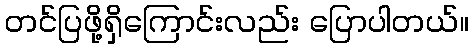
တင်ပြဖို့ရှိကြောင်းလည်း ပြောပါတယ်။